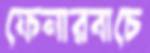
ফেনারবাচে